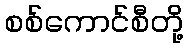
စစ်ကောင်စီတို့